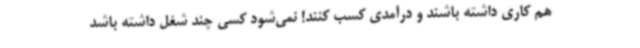
هم کاری داشته باشند و درآمدی کسب کنند! نمی‌شود کسی چند شغل داشته باشد